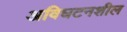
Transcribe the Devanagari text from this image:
अविघटनशील